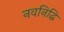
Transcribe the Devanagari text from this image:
नवनिद्धि